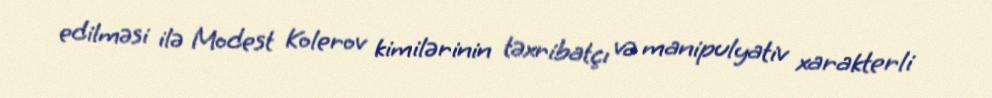
edilməsi ilə Modest Kolerov kimilərinin təxribatçı və manipulyativ xarakterli